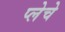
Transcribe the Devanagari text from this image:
प्लेचे